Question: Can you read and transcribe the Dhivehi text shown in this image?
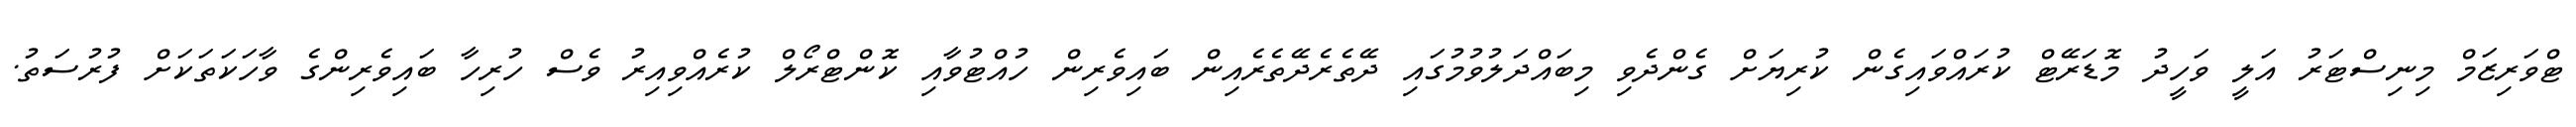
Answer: ޓްވަރިޒަމް މިނިސްޓަރު އަލީ ވަހީދު މޮޑަރޭޓް ކުރައްވައިގެން ކުރިޔަށް ގެންދެވި މިބައްދަލުވުމުގައި ދޭތެރެދޭތެރެއިން ބައިވެރިން ހުއްޓުވާއި ކޮންޓްރޯލް ކުރެއްވިއިރު ވެސް ހުރިހާ ބައިވެރިންގެ ވާހަކަތަކަށް ފުރުސަތު.